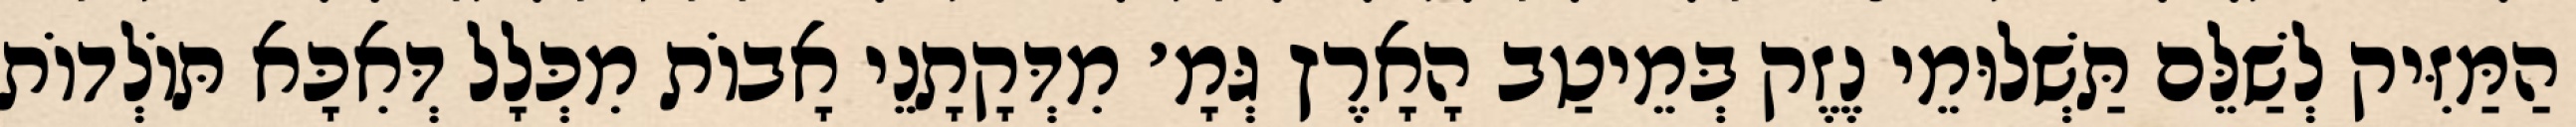
הַמַּזִּיק לְשַׁלֵּם תַּשְׁלוּמֵי נֶזֶק בְּמֵיטַב הָאָרֶץ גְּמָ׳ מִדְּקָתָנֵי אָבוֹת מִכְּלָל דְּאִכָּא תּוֹלְדוֹת